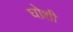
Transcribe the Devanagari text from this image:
घोशी